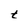
Character: t